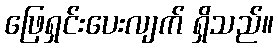
ဖြေရှင်းပေးလျက် ရှိသည်။